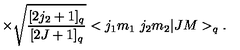
\times \sqrt { \frac { [ 2 j _ { 2 } + 1 ] _ { q } } { [ 2 J + 1 ] _ { q } } } < j _ { 1 } m _ { 1 } \ j _ { 2 } m _ { 2 } | J M > _ { q } .